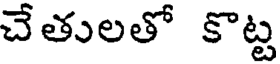
చేతులతో కొట్ట